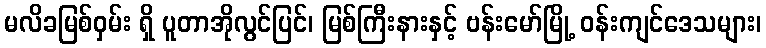
မလိခမြစ်ဝှမ်း ရှိ ပူတာအိုလွင်ပြင်၊ မြစ်ကြီးနားနှင့် ဗန်းမော်မြို့ ဝန်းကျင်ဒေသများ၊